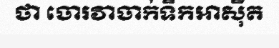
ថា ចោរវាចាក់ទឹកអាស៊ីត